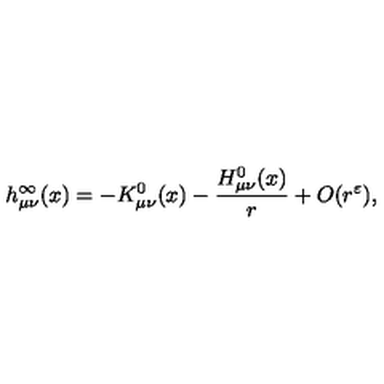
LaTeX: h _ { \mu \nu } ^ { \infty } ( x ) = - K _ { \mu \nu } ^ { 0 } ( x ) - \frac { H _ { \mu \nu } ^ { 0 } ( x ) } { r } + O ( r ^ { \varepsilon } ) ,